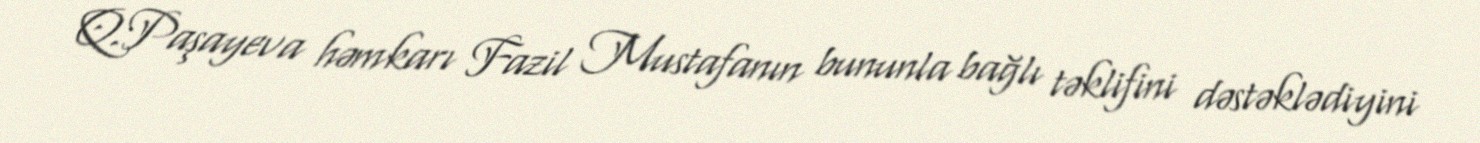
Q.Paşayeva həmkarı Fazil Mustafanın bununla bağlı təklifini dəstəklədiyini